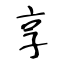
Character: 享